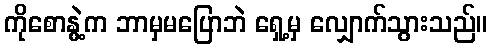
ကိုစောနွဲ့က ဘာမှမပြောဘဲ ရှေ့မှ လျှောက်သွားသည်။